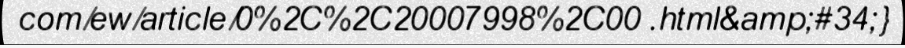
com/ew/article/0%2C%2C20007998%2C00 .html&amp;#34;}